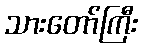
သားတော်ကြီး